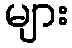
များ